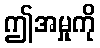
ဤအမှုကို